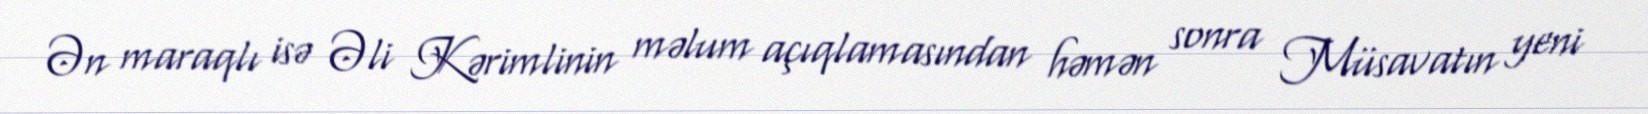
Ən maraqlı isə Əli Kərimlinin məlum açıqlamasından həmən sonra Müsavatın yeni